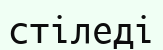
стіледі